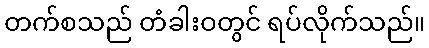
တက်စသည် တံခါးဝတွင် ရပ်လိုက်သည်။